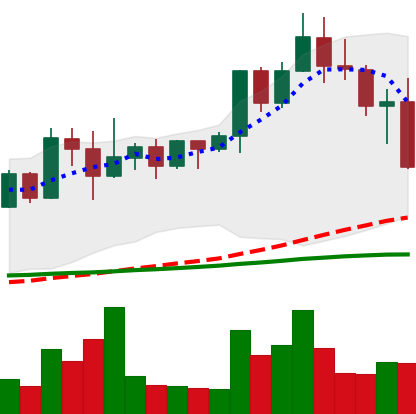
Ticker: XMR-USD
Chart end date: 2022-04-26
Forward return: -7.225%
Label: down_7plus